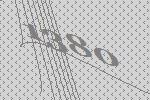
1380